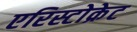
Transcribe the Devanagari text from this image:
एरिस्टोक्रेट